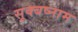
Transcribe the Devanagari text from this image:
सूक्बष्नाम